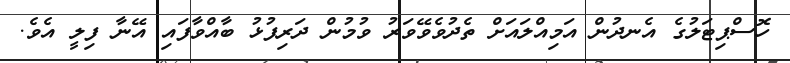
ހޮސްޕިޓަލުގެ އެނދުން އަމިއްލައަށް ތެދުވެވޭވަރު ވުމުން ދަރިފުޅު ބާއްވާފައި އޭނާ ފިލީ އެވެ.